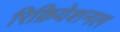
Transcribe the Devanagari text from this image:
रिक्रियेशनल